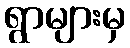
ရွာများမှ